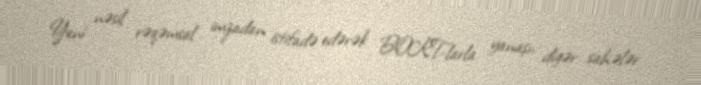
Yeni nəsil rəqəmsal imzadan istifadə edərək BOKT-larla yanaşı, digər sahələr